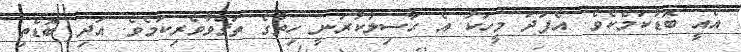
އެއީ ބޮޑުކަމެކެވެ. އެފަދަ މީހަކު އެ ޙާސިލުކުރަނީ ހިތުގެ ތަޤްވާވެރިކަމެވެ. އަދި ބޮޑެތި